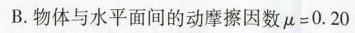
B.物体与水平面间的动摩擦因数$$μ = 0 . 2 0$$